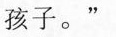
孩子。”